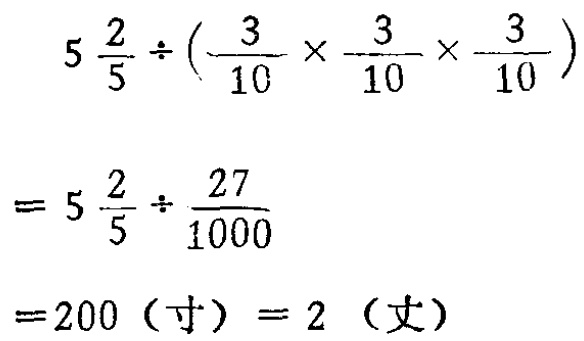
\[

\begin{align*}

5\frac{2}{5}\div(\frac{3}{10}\times\frac{3}{10}\times\frac{3}{10})&=5\frac{2}{5}\div\frac{27}{1000}\\

&=200 \text{（寸）}=2 \text{（丈）}

\end{align*}

\]